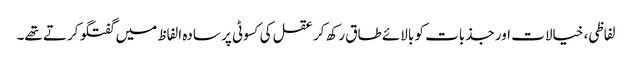
لفاظی، خیالات اور جذبات کو بالائے طاق رکھ کر عقل کی کسوٹی پر سادہ الفاظ میں گفتگو کرتے تھے۔